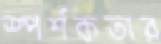
স্পর্শকতার